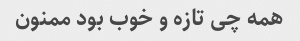
همه چی تازه و خوب بود ممنون